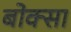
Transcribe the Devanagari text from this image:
बोक्सा